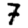
Digit: 7